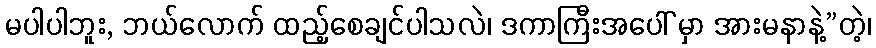
မပါပါဘူး, ဘယ်လောက် ထည့်စေချင်ပါသလဲ၊ ဒကာကြီးအပေါ် မှာ အားမနာနဲ့”တဲ့၊